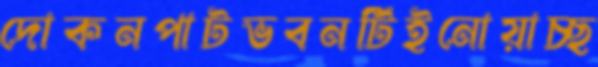
দোকনপাটভবনটিইনোয়াচ্ছ